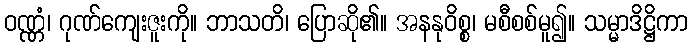
ဝဏ္ဏံ၊ ဂုဏ်ကျေးဇူးကို။ ဘာသတိ၊ ပြောဆို၏။ အနနုဝိစ္စ၊ မစီစစ်မူ၍။ သမ္မာဒိဋ္ဌိကာ